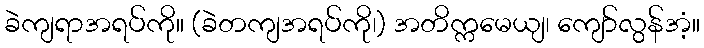
ခဲကျရာအရပ်ကို။ (ခဲတကျအရပ်ကို၊) အတိက္ကမေယျ၊ ကျော်လွန်အံ့။